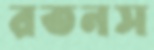
রতনস